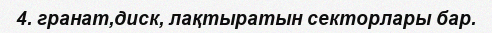
4. гранат,диск, лақтыратын секторлары бар.